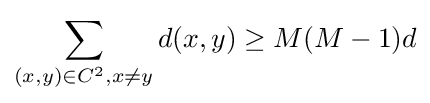
\sum _{(x,y)\in C^{2},x\neq y}d(x,y)\geq M(M-1)d